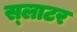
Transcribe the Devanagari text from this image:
स्‍लाटर